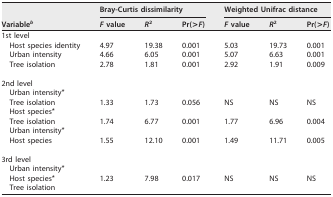
| <ROWSPAN=2> Variableb | <COLSPAN=3> Bray-Curtis dissimilarity | <COLSPAN=3> Weighted Unifrac distance |
 | F value | R2 | Pr(>F) | F value | R2 | Pr(>F) |
 | --- | --- | --- | --- | --- | --- | --- |
 | 1st level |  |  |  |  |  |  |
 | Host species identity | 4.97 | 19.38 | 0.001 | 5.03 | 19.73 | 0.001 |
 | Urban intensity | 4.66 | 6.05 | 0.001 | 5.07 | 6.63 | 0.001 |
 | Tree isolation | 2.78 | 1.81 | 0.001 | 2.92 | 1.91 | 0.009 |
 | 2nd level |  |  |  |  |  |  |
 | Urban intensity* |  |  |  |  |  |  |
 | Tree isolation | 1.33 | 1.73 | 0.056 | NS | NS | NS |
 | Host species* |  |  |  |  |  |  |
 | Tree isolation | 1.74 | 6.77 | 0.001 | 1.77 | 6.96 | 0.004 |
 | Urban intensity* |  |  |  |  |  |  |
 | Host species | 1.55 | 12.10 | 0.001 | 1.49 | 11.71 | 0.005 |
 | 3rd level |  |  |  |  |  |  |
 | Urban intensity* |  |  |  |  |  |  |
 | Host species* | 1.23 | 7.98 | 0.017 | NS | NS | NS |
 | Tree isolation |  |  |  |  |  |  |